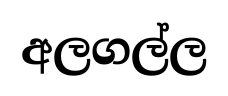
අලගල්ල